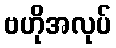
ဗဟိုအလုပ်